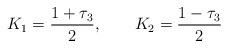
LaTeX: \begin{align*}K_1= \frac{1+\tau_3}{2},~~~~~~K_2=\frac{1-\tau_3}{2}\end{align*}